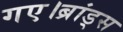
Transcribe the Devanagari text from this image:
गए।ब्रांड्स